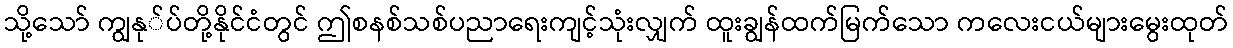
သို့သော် ကျွနု်ပ်တို့နိုင်ငံတွင် ဤစနစ်သစ်ပညာရေးကျင့်သုံးလျှက် ထူးချွန်ထက်မြက်သော ကလေးငယ်များမွေးထုတ်